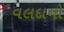
વલદાનો